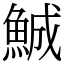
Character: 鯎